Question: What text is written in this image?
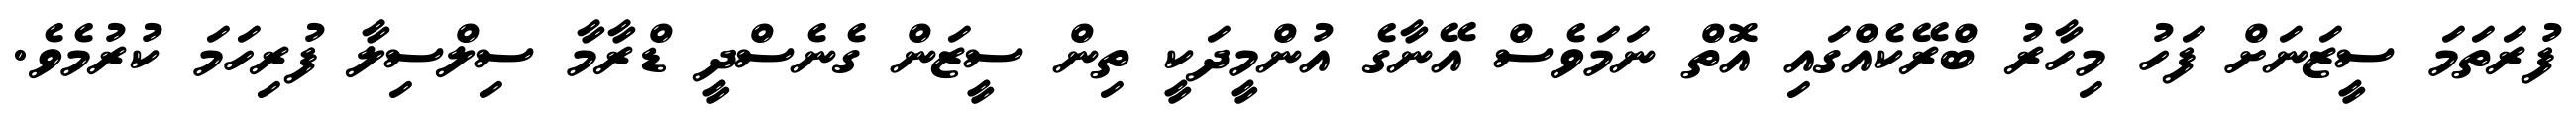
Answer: ފުރަތަމަ ސީޒަނަށް ފަހު މިހާރު ބްރޭކެއްގައި އޮތް ނަމަވެސް އޭނާގެ އުންމީދަކީ ތިން ސީޒަން ގެނެސްދީ ޑްރާމާ ސިލްސިލާ ފުރިހަމަ ކުރުމެވެ.